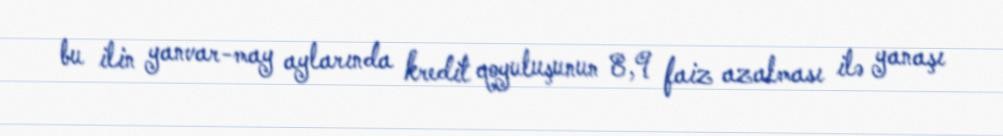
bu ilin yanvar-may aylarında kredit qoyuluşunun 8,9 faiz azalması ilə yanaşı